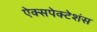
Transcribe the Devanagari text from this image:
ऐक्सपेक्टेशंस